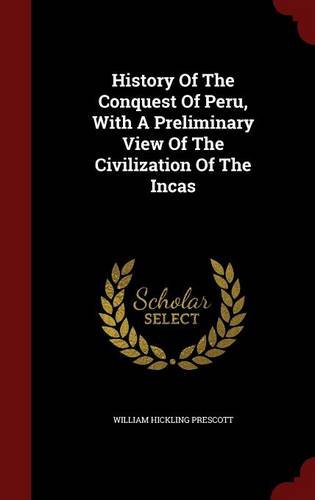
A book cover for History Of The Conquest Of Peru, With A Preliminary View Of The Civilization Of The Incas; William Hickling Prescott; History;